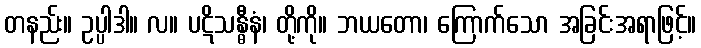
တနည်း။ ဥပ္ပါဒါ။ လ။ ပဋိသန္ဓီနံ၊ တို့ကို။ ဘယတော၊ ကြောက်သော အခြင်းအရာဖြင့်။